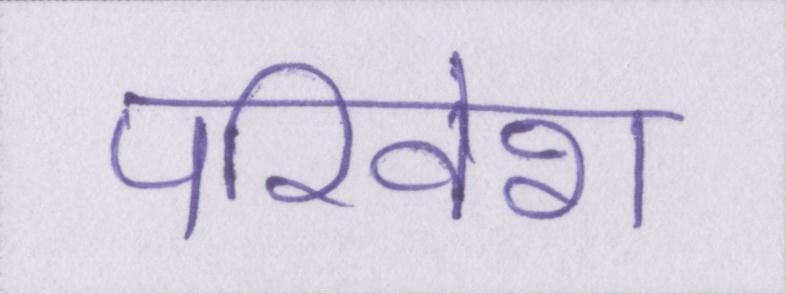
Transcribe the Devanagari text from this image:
परिवेश